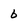
Character: b